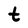
Character: t